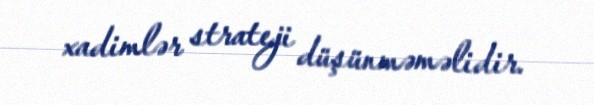
xadimlər strateji düşünməməlidir.